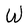
Character: W